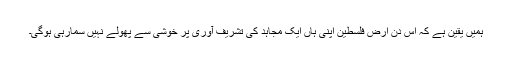
ہمیں یقین ہے کہ اس دن ارض فلسطین اپنی ہاں ایک مجاہد کی تشریف آوری پر خوشی سے پھولے نہیں سمارہی ہوگی۔